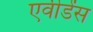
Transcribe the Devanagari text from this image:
एवीडेंस